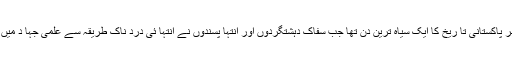
انہو ں نے کہاکہ 16 دسمبر پاکستانی تا ریخ کا ایک سیاہ ترین دن تھا جب سفاک دہشتگردوں اور انتہا پسندوں نے انتہا ئی درد ناک طریقہ سے علمی جہا د میں مشغول بچوں کو شہید کیا۔